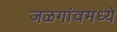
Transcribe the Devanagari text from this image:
जळगांवमध्ये